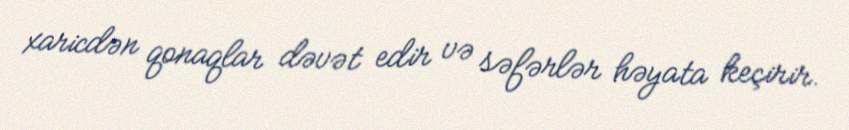
xaricdən qonaqlar dəvət edir və səfərlər həyata keçirir.